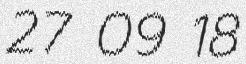
27 09 18